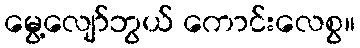
မွေ့လျော်ဘွယ် ကောင်းလေစွ။